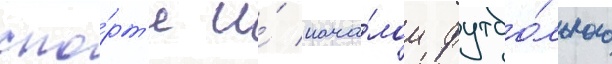
спо́рт'е и́ нача́лом футбо́льного